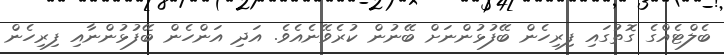
ބެލްޓެއްގެ ގޮތުގައި ފިރިހެން ބޭފުޅުންނަށް ބޭނުން ކުރެވޭނެއެވެ. އަދި އަންހެން ބޭފުޅުންނާއި ފިރިހެން